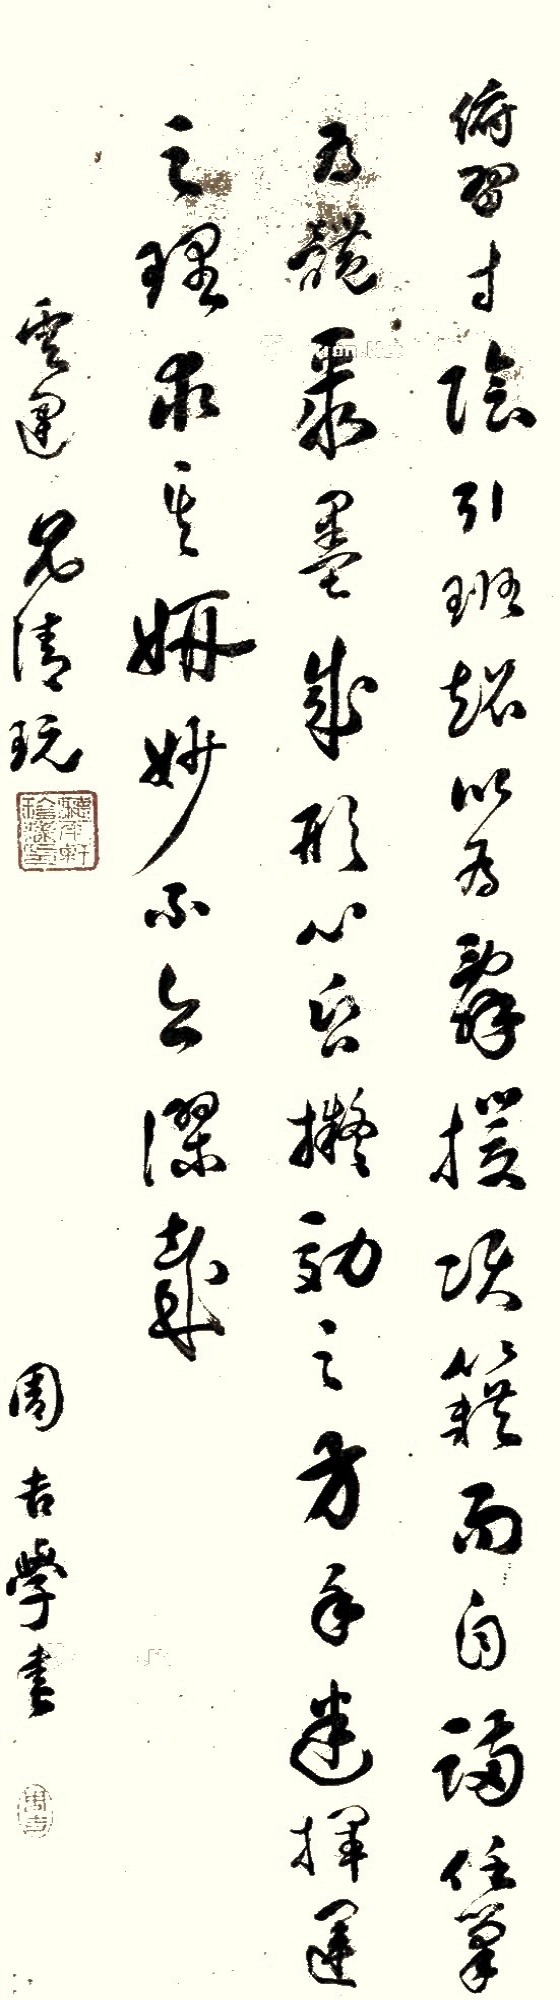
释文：俯习寸阴。引班超以为辞，援项籍而自满。任笔为体，聚墨成形。心昏拟效之方，手迷挥运之理，求其妍妙，不亦谬哉。云建兄清玩，周吉学书。